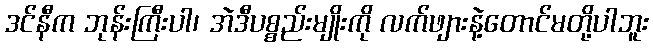
ဒင်နီက ဘုန်းကြီးပါ၊ အဲဒီပစ္စည်းမျိုးကို လက်ဖျားနဲ့တောင်မတို့ပါဘူး